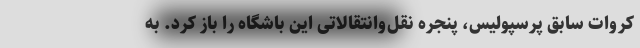
کروات سابق پرسپولیس، پنجره نقل‌وانتقالاتی این باشگاه را باز کرد. به